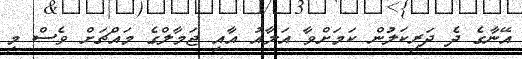
އޭނާގެ ދެ ދަރިކަލުން ކަމަށްވާ އަލާއު އާއި ޖަމާލްގެ މައްޗަށް ވެސް މި